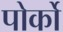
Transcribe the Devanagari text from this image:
पोर्को